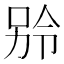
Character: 𪡎